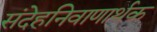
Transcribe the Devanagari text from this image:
संदेहनिवाणार्थक